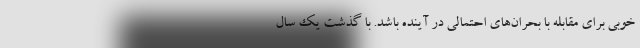
خوبی برای مقابله با بحران‌های احتمالی در آینده باشد. با گذشت یک سال